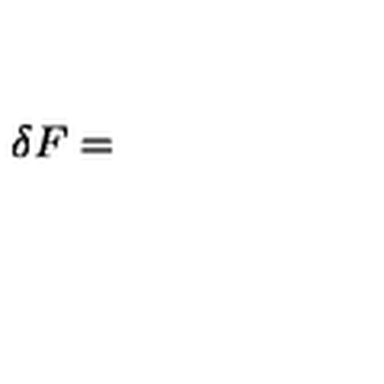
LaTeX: \delta F =